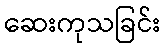
ဆေးကုသခြင်း